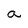
Character: a